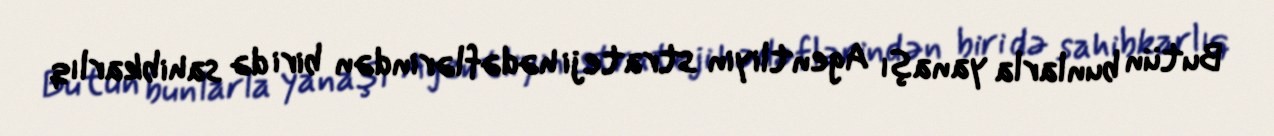
Butün bunlarla yanaşı Agentliyin strateji hədəflərindən biri də sahibkarlıq